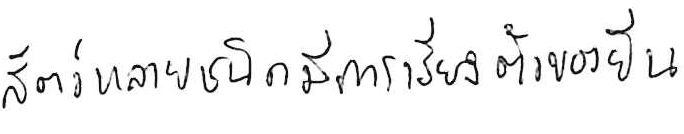
สัตว์หลายชนิดมีการเรียงตัวของยีน